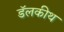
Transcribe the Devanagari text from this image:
डॅलकीथ